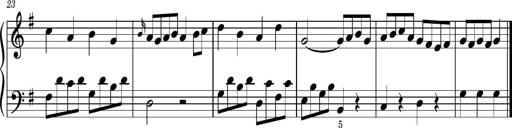
Title: Easy Progressive Lessons and 4 Sonatinas
Composer: Thomas Attwood